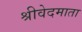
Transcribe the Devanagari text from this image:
श्रीवेदमाता